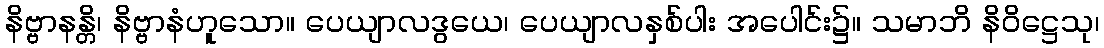
နိဗ္ဗာနန္တိ၊ နိဗ္ဗာနံဟူသော။ ပေယျာလဒွယေ၊ ပေယျာလနှစ်ပါး အပေါင်း၌။ သမာဘိ နိဝိဋ္ဌေသု၊